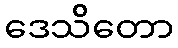
ဒေသိတော